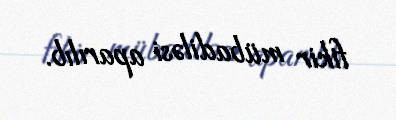
fikir mübadiləsi aparılıb.